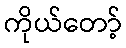
ကိုယ်တော့်